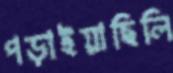
পড়াইয়াছিলি